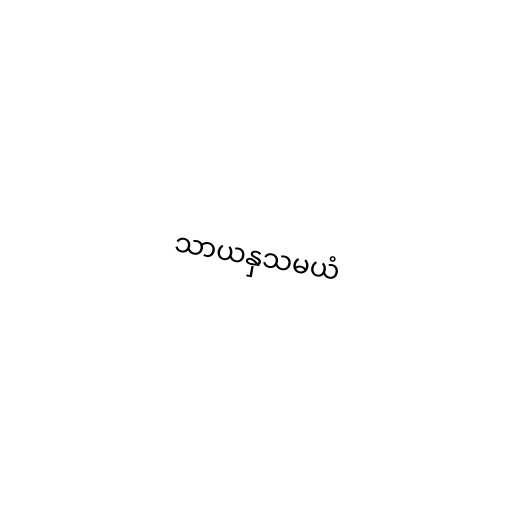
သာယနှသမယံ